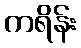
ကရိန်း